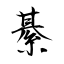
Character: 綦